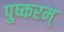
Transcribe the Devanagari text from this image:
पुष्करम्‌